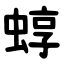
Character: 蜳